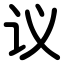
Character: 议